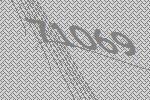
71069